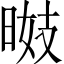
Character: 𣇠